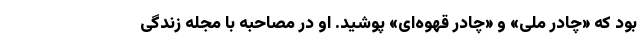
بود که «چادر ملی» و «چادر قهوه‌ای» پوشید. او در مصاحبه با مجله زندگی